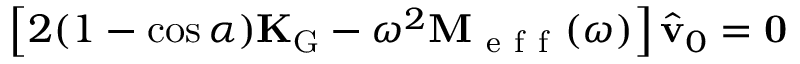
\left[ 2 ( 1 - \cos \alpha ) \mathbf { K } _ { \mathrm { G } } - \omega ^ { 2 } \mathbf { M } _ { \mathrm { ~ e ~ f ~ f ~ } } ( \omega ) \right] \hat { \mathbf { v } } _ { 0 } = \mathbf { 0 }